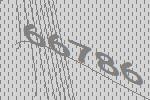
66786